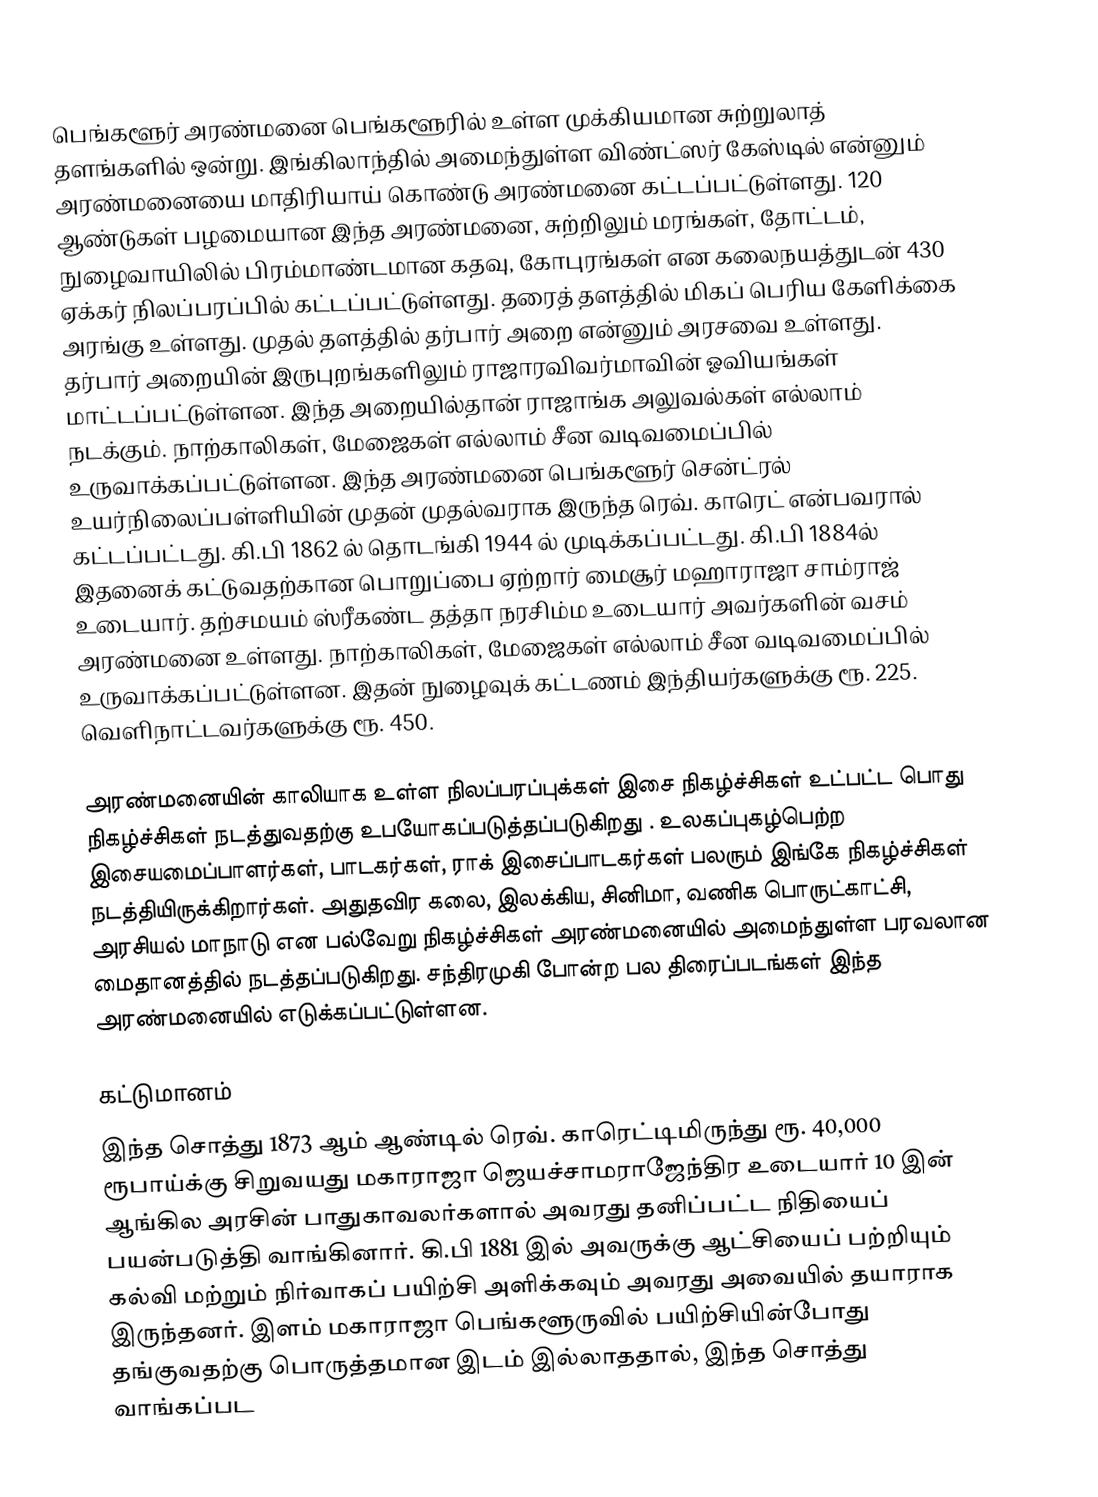
பெங்களூர் அரண்மனை பெங்களூரில் உள்ள முக்கியமான சுற்றுலாத் தளங்களில் ஒன்று. இங்கிலாந்தில் அமைந்துள்ள விண்ட்ஸர் கேஸ்டில் என்னும் அரண்மனையை மாதிரியாய் கொண்டு அரண்மனை கட்டப்பட்டுள்ளது. 120 ஆண்டுகள் பழமையான இந்த அரண்மனை, சுற்றிலும் மரங்கள், தோட்டம், நுழைவாயிலில் பிரம்மாண்டமான கதவு, கோபுரங்கள் என கலைநயத்துடன் 430 ஏக்கர் நிலப்பரப்பில் கட்டப்பட்டுள்ளது. தரைத் தளத்தில் மிகப் பெரிய கேளிக்கை அரங்கு உள்ளது. முதல் தளத்தில் தர்பார் அறை என்னும் அரசவை உள்ளது. தர்பார் அறையின் இருபுறங்களிலும் ராஜாரவிவர்மாவின் ஓவியங்கள் மாட்டப்பட்டுள்ளன.  இந்த அறையில்தான் ராஜாங்க அலுவல்கள் எல்லாம் நடக்கும்.  நாற்காலிகள், மேஜைகள் எல்லாம் சீன வடிவமைப்பில் உருவாக்கப்பட்டுள்ளன. இந்த அரண்மனை பெங்களூர் சென்ட்ரல் உயர்நிலைப்பள்ளியின் முதன் முதல்வராக இருந்த ரெவ். காரெட் என்பவரால் கட்டப்பட்டது. கி.பி 1862 ல் தொடங்கி 1944 ல் முடிக்கப்பட்டது. கி.பி 1884ல் இதனைக் கட்டுவதற்கான பொறுப்பை ஏற்றார் மைசூர் மஹாராஜா சாம்ராஜ் உடையார். தற்சமயம் ஸ்ரீகண்ட தத்தா நரசிம்ம உடையார் அவர்களின் வசம் அரண்மனை உள்ளது. நாற்காலிகள், மேஜைகள் எல்லாம் சீன வடிவமைப்பில் உருவாக்கப்பட்டுள்ளன.  இதன் நுழைவுக் கட்டணம் இந்தியர்களுக்கு ரூ. 225. வெளிநாட்டவர்களுக்கு ரூ. 450.

அரண்மனையின் காலியாக உள்ள நிலப்பரப்புக்கள் இசை நிகழ்ச்சிகள் உட்பட்ட பொது நிகழ்ச்சிகள் நடத்துவதற்கு உபயோகப்படுத்தப்படுகிறது . உலகப்புகழ்பெற்ற இசையமைப்பாளர்கள், பாடகர்கள், ராக் இசைப்பாடகர்கள் பலரும் இங்கே நிகழ்ச்சிகள் நடத்தியிருக்கிறார்கள். அதுதவிர கலை, இலக்கிய, சினிமா, வணிக பொருட்காட்சி, அரசியல் மாநாடு என பல்வேறு நிகழ்ச்சிகள் அரண்மனையில் அமைந்துள்ள பரவலான மைதானத்தில் நடத்தப்படுகிறது. சந்திரமுகி போன்ற பல திரைப்படங்கள் இந்த அரண்மனையில் எடுக்கப்பட்டுள்ளன.

கட்டுமானம்
இந்த சொத்து 1873 ஆம் ஆண்டில் ரெவ். காரெட்டிமிருந்து ரூ.  40,000 ரூபாய்க்கு சிறுவயது மகாராஜா ஜெயச்சாமராஜேந்திர உடையார் 10 இன் ஆங்கில அரசின் பாதுகாவலர்களால் அவரது தனிப்பட்ட நிதியைப் பயன்படுத்தி வாங்கினார். கி.பி 1881 இல் அவருக்கு ஆட்சியைப் பற்றியும் கல்வி மற்றும் நிர்வாகப் பயிற்சி அளிக்கவும் அவரது அவையில் தயாராக இருந்தனர். இளம் மகாராஜா பெங்களூருவில் பயிற்சியின்போது தங்குவதற்கு பொருத்தமான இடம் இல்லாததால், இந்த சொத்து வாங்கப்பட